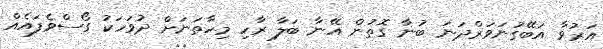
އަރުވާ އަބޭގުނަވަރްދަނަ ބުނާ ގޮތުން އޭނާ ބަލާ ރާހި މިހާތަނަށް ދުވަހަކު ގޯސްވެފައެއް